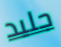
جليد